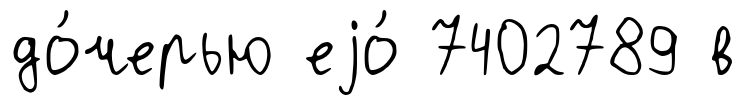
до́черью еjо́ 7402789 в